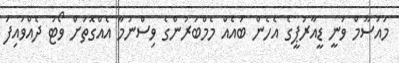
މައުސޫމް ވަނީ ޑީއާރުޕީގެ އެހެން ބައެއް މެމްބަރުންގެ ވިސްނުމާ އެއްގޮތަށް ވޯޓު ދެއްވައިފަ